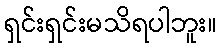
ရှင်းရှင်းမသိရပါဘူး။